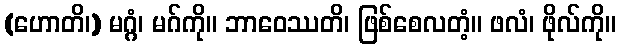
(ဟောတိ၊) မဂ္ဂံ၊ မဂ်ကို။ ဘာဝေဿတိ၊ ဖြစ်စေလတံ့။ ဖလံ၊ ဖိုလ်ကို။